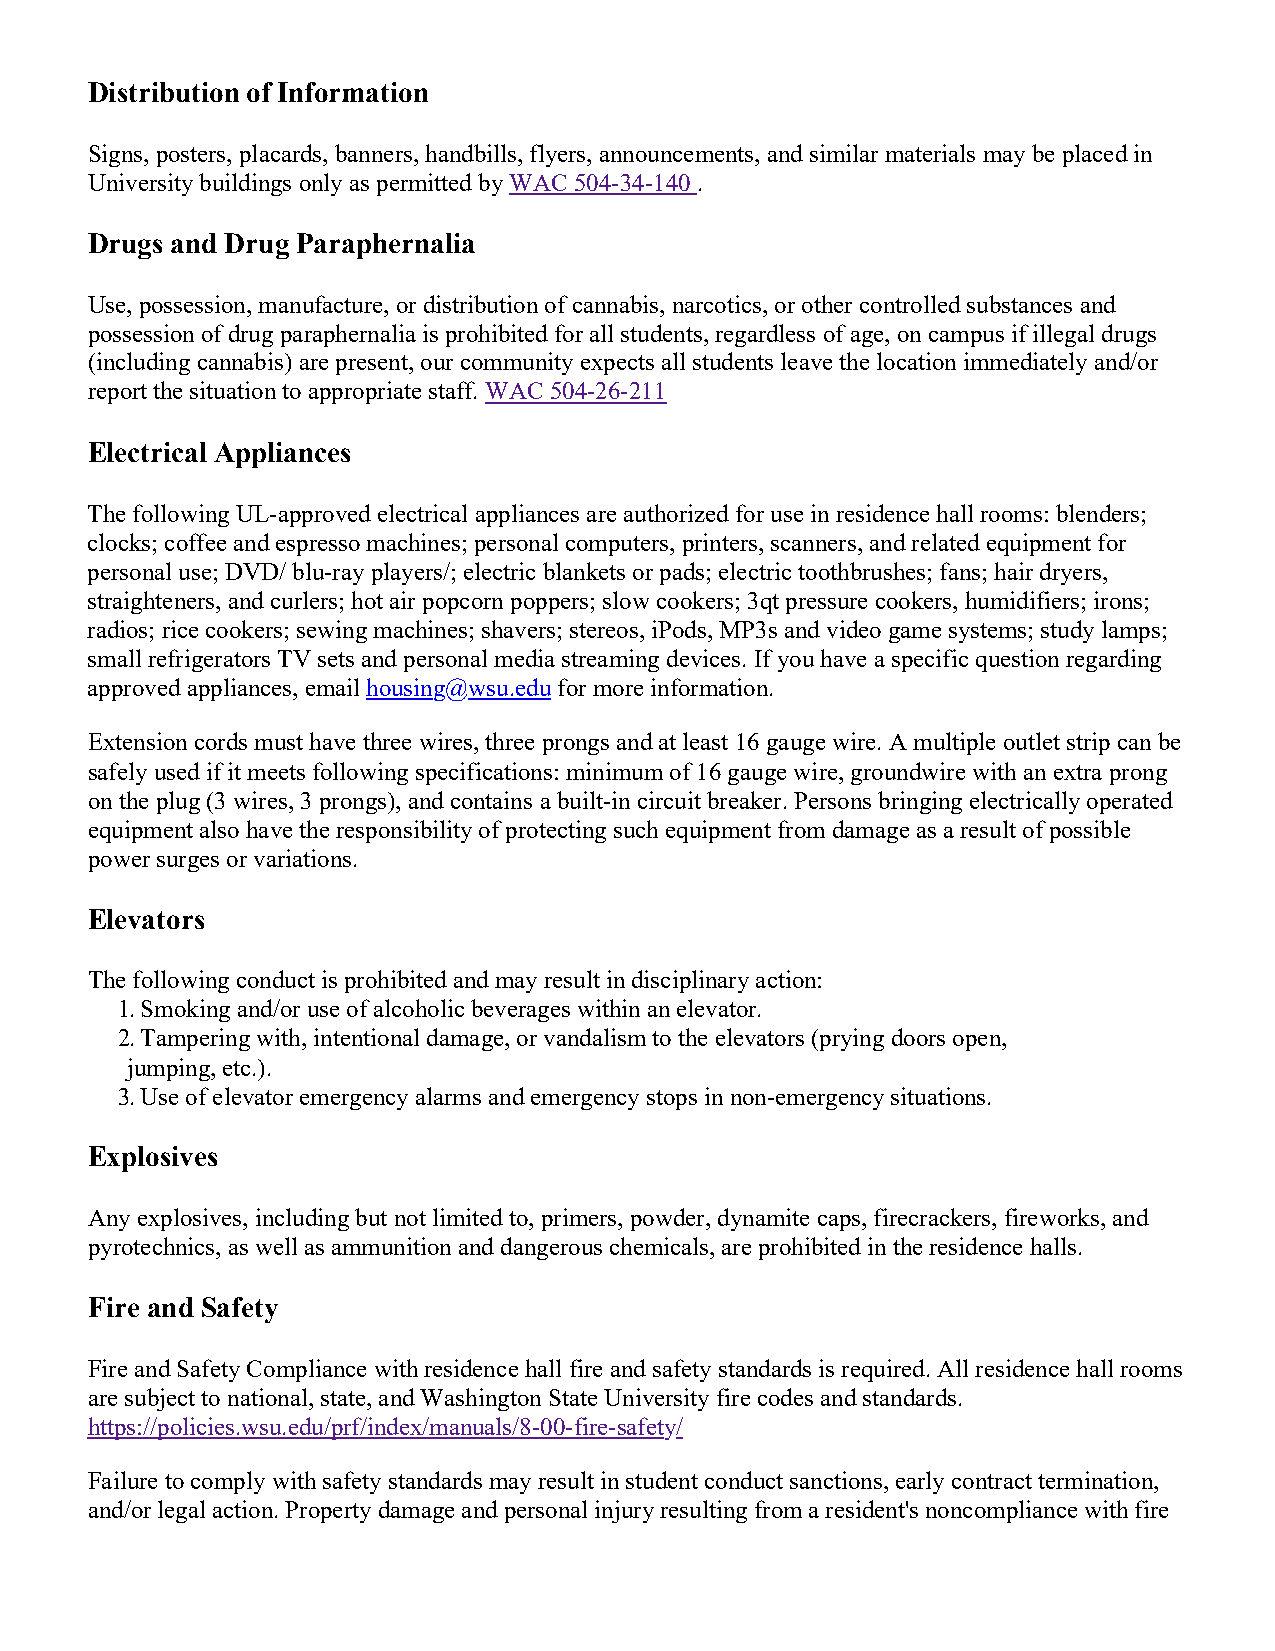
Distribution of Information
 Signs, posters, placards, banners, handbills, flyers, announcements, and similar materials may be placed in
 University buildings only as permitted by WAC 504-34-140 .
 Drugs and Drug Paraphernalia
 Use, possession, manufacture, or distribution of cannabis, narcotics, or other controlled substances and
 possession of drug paraphernalia is prohibited for all students, regardless of age, on campus if illegal drugs
 (including cannabis) are present, our community expects all students leave the location immediately and/or
 report the situation to appropriate staff. WAC 504-26-211
 Electrical Appliances
 The following UL-approved electrical appliances are authorized for use in residence hall rooms: blenders;
 clocks; coffee and espresso machines; personal computers, printers, scanners, and related equipment for
 personal use; DVD/ blu-ray players/; electric blankets or pads; electric toothbrushes; fans; hair dryers,
 straighteners, and curlers; hot air popcorn poppers; slow cookers; 3qt pressure cookers, humidifiers; irons;
 radios; rice cookers; sewing machines; shavers; stereos, iPods, MP3s and video game systems; study lamps;
 small refrigerators TV sets and personal media streaming devices. If you have a specific question regarding
 approved appliances, email housing@wsu.edu for more information.
 Extension cords must have three wires, three prongs and at least 16 gauge wire. A multiple outlet strip can be
 safely used if it meets following specifications: minimum of 16 gauge wire, groundwire with an extra prong
 on the plug (3 wires, 3 prongs), and contains a built-in circuit breaker. Persons bringing electrically operated
 equipment also have the responsibility of protecting such equipment from damage as a result of possible
 power surges or variations.
 Elevators
 The following conduct is prohibited and may result in disciplinary action:
 1. Smoking and/or use of alcoholic beverages within an elevator.
 2. Tampering with, intentional damage, or vandalism to the elevators (prying doors open,
 jumping, etc.).
 3. Use of elevator emergency alarms and emergency stops in non-emergency situations.
 Explosives
 Any explosives, including but not limited to, primers, powder, dynamite caps, firecrackers, fireworks, and
 pyrotechnics, as well as ammunition and dangerous chemicals, are prohibited in the residence halls.
 Fire and Safety
 Fire and Safety Compliance with residence hall fire and safety standards is required. All residence hall rooms
 are subject to national, state, and Washington State University fire codes and standards.
 https://policies.wsu.edu/prf/index/manuals/8-00-fire-safety/
 Failure to comply with safety standards may result in student conduct sanctions, early contract termination,
 and/or legal action. Property damage and personal injury resulting from a resident's noncompliance with fire